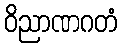
ဝိညာဏဂတံ